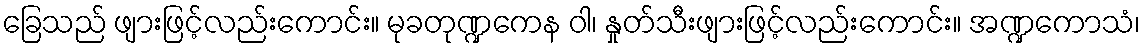
ခြေသည် ဖျားဖြင့်လည်းကောင်း။ မုခတုဏ္ဍကေန ဝါ၊ နှုတ်သီးဖျားဖြင့်လည်းကောင်း။ အဏ္ဍကောသံ၊